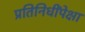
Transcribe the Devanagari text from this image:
प्रतिनिधींपेक्षा